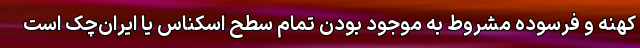
کهنه و فرسوده مشروط به موجود بودن تمام سطح اسکناس یا ایران‌چک است